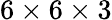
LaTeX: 6\times 6\times 3